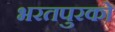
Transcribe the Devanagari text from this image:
भरतपुरको